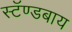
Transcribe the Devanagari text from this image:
स्टॅण्डबाय